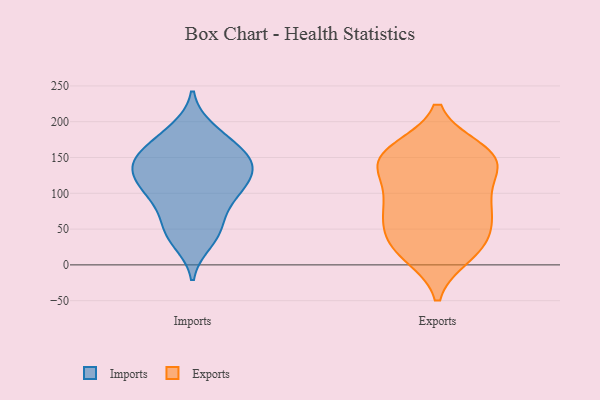
{"axis": {"x": "Shipments", "y": "Value"}, "legend": ["Exports", "Imports"], "data": [{"x": "", "y": 100, "type": "Imports"}, {"x": "", "y": 132, "type": "Imports"}, {"x": "", "y": 106, "type": "Imports"}, {"x": "", "y": 32, "type": "Imports"}, {"x": "", "y": 144, "type": "Imports"}, {"x": "", "y": 189, "type": "Imports"}, {"x": "", "y": 148, "type": "Imports"}, {"x": "", "y": 184, "type": "Imports"}, {"x": "", "y": 93, "type": "Imports"}, {"x": "", "y": 52, "type": "Imports"}, {"x": "", "y": 168, "type": "Imports"}, {"x": "", "y": 158, "type": "Imports"}, {"x": "", "y": 40, "type": "Imports"}, {"x": "", "y": 141, "type": "Imports"}, {"x": "", "y": 151, "type": "Imports"}, {"x": "", "y": 123, "type": "Imports"}, {"x": "", "y": 111, "type": "Imports"}, {"x": "", "y": 54, "type": "Imports"}, {"x": "", "y": 128, "type": "Imports"}, {"x": "", "y": 83, "type": "Imports"}, {"x": "", "y": 81, "type": "Exports"}, {"x": "", "y": 160, "type": "Exports"}, {"x": "", "y": 31, "type": "Exports"}, {"x": "", "y": 133, "type": "Exports"}, {"x": "", "y": 45, "type": "Exports"}, {"x": "", "y": 14, "type": "Exports"}, {"x": "", "y": 104, "type": "Exports"}, {"x": "", "y": 31, "type": "Exports"}, {"x": "", "y": 17, "type": "Exports"}, {"x": "", "y": 141, "type": "Exports"}, {"x": "", "y": 139, "type": "Exports"}, {"x": "", "y": 69, "type": "Exports"}, {"x": "", "y": 152, "type": "Exports"}, {"x": "", "y": 151, "type": "Exports"}, {"x": "", "y": 76, "type": "Exports"}, {"x": "", "y": 158, "type": "Exports"}, {"x": "", "y": 84, "type": "Exports"}]}